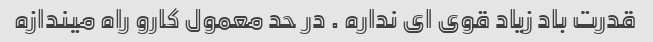
قدرت باد زیاد قوی ای نداره . در حد معمول کارو راه میندازه